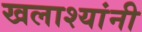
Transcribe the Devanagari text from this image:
खलाश्यांनी